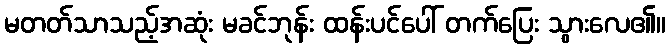
မတတ်သာသည့်အဆုံး မခင်ဘုန်း ထန်းပင်ပေါ် တက်ပြေး သွားလေ၏။